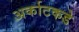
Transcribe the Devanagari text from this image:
अर्काटकडे